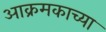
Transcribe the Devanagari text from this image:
आक्रमकाच्या